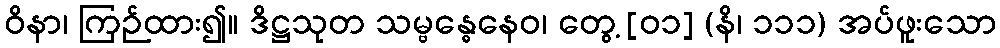
ဝိနာ၊ ကြဉ်ထား၍။ ဒိဋ္ဌသုတ သမ္ဗန္ဓေနေဝ၊ တွေ့ [၀၁] (နိ၊ ၁၁၁) အပ်ဖူးသော